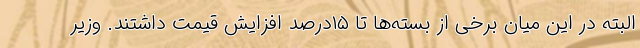
البته در این میان برخی از بسته‌ها تا ۱۵درصد افزایش قیمت داشتند. وزیر